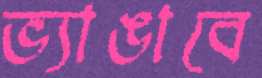
ভ্যাঙাবে